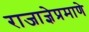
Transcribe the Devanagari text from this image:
राजाज्ञेप्रमाणे